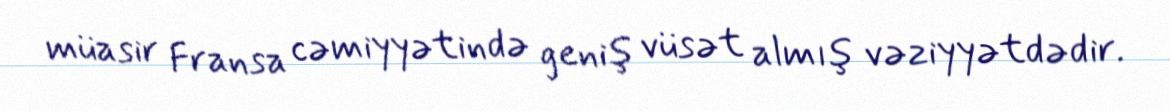
müasir Fransa cəmiyyətində geniş vüsət almış vəziyyətdədir.